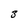
Character: 3